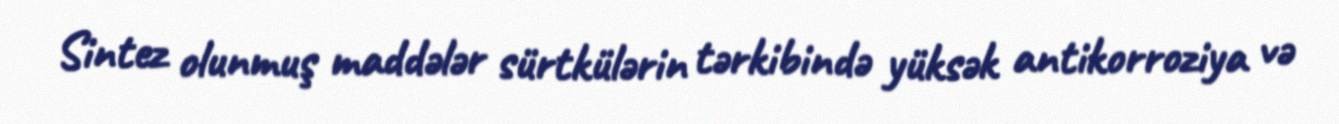
Sintez olunmuş maddələr sürtkülərin tərkibində yüksək antikorroziya və